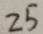
2 5